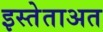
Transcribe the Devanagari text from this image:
इस्तेताअत